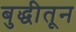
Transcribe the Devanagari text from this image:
बुद्धीतून